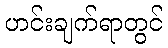
ဟင်းချက်ရာတွင်